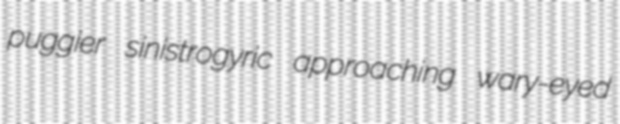
puggier sinistrogyric approaching wary-eyed